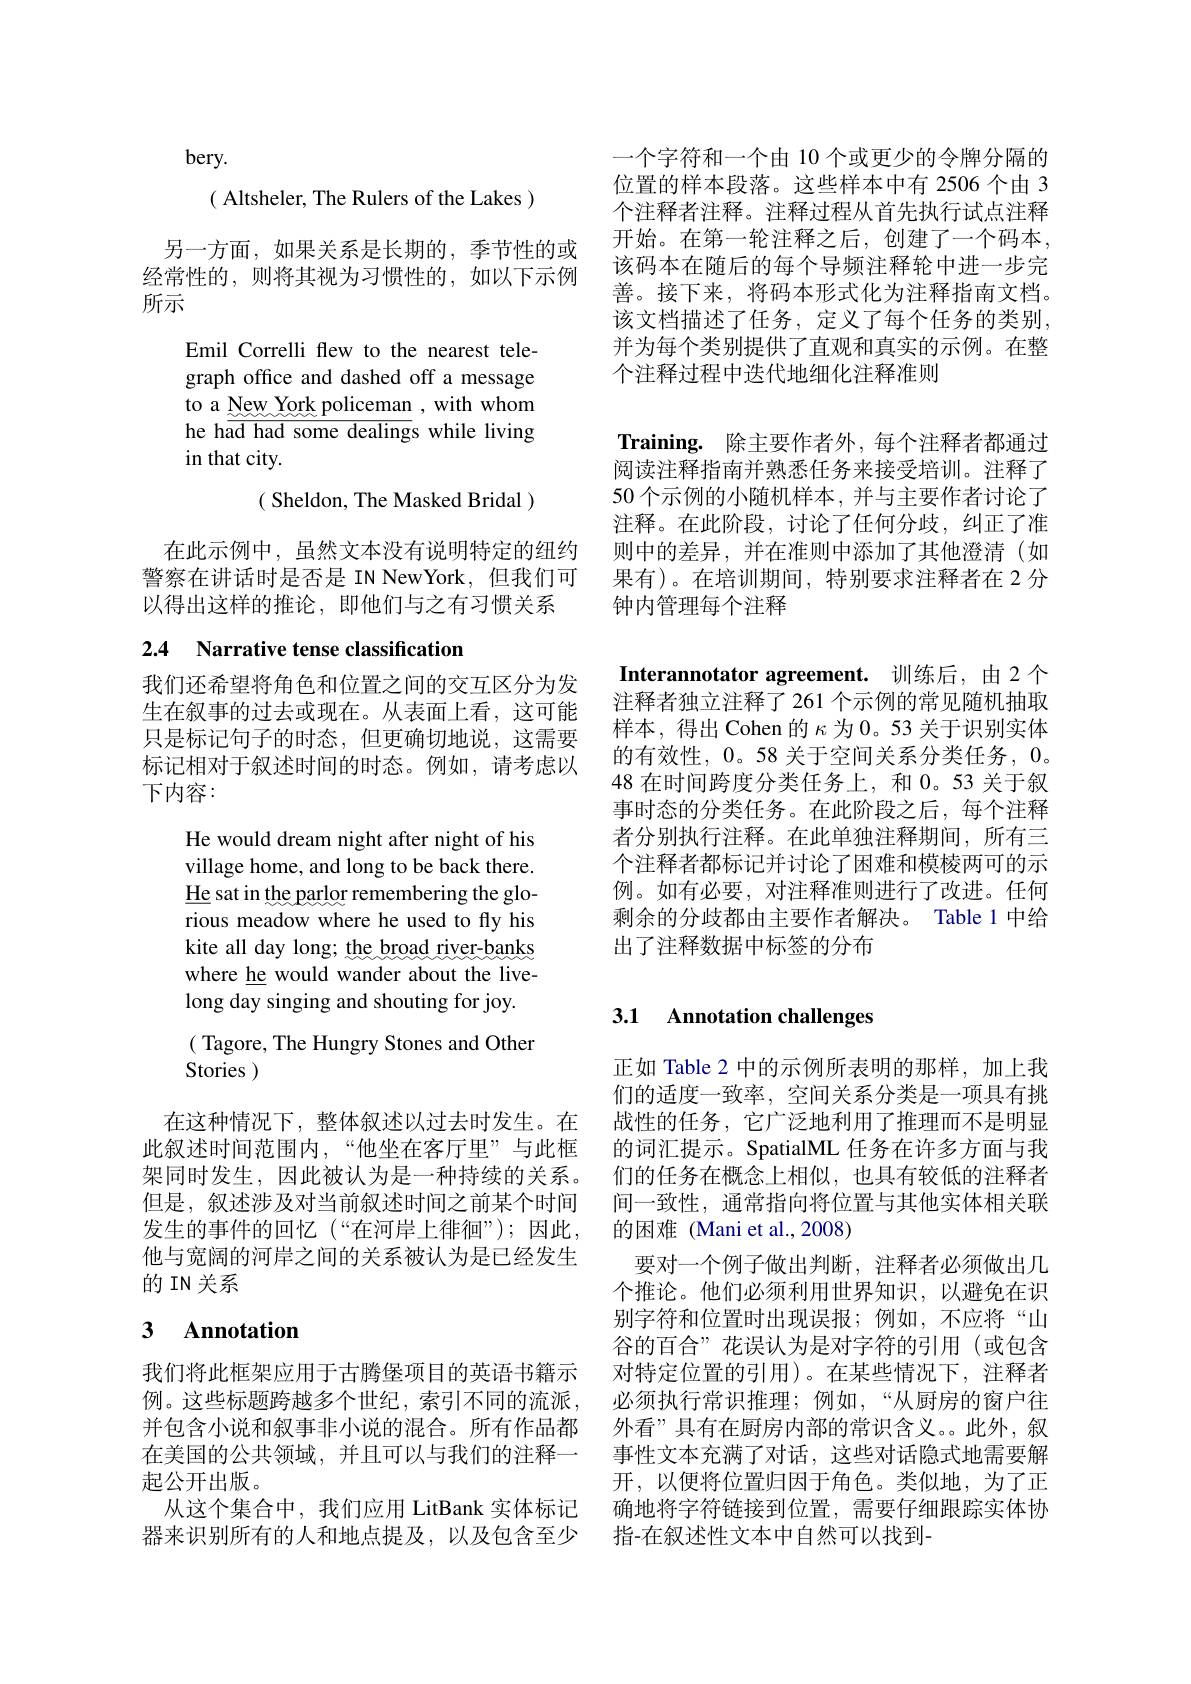
( Altsheler, The Rulers of the Lakes )

另一方面，如果关系是长期的，季节性的或经常性的，则将其视为习惯性的，如以下示例所示

bery.
Emil Correlli flew to the nearest telegraph office and dashed off a message to a New York policeman , with whom he had had some dealings while living in that city.
( Sheldon, The Masked Bridal )

在此示例中，虽然文本没有说明特定的纽约警察在讲话时是否是 IN NewYork, 但我们可以得出这样的推论，即他们与之有习惯关系

## 2.4 Narrative tense classification

我们还希望将角色和位置之间的交互区分为发生在叙事的过去或现在。从表面上看，这可能只是标记句子的时态，但更确切地说，这需要标记相对于叙述时间的时态。例如，请考虑以下内容：

He would dream night after night of his village home, and long to be back there. He sat in the parlor remembering the glorious meadow where he used to fly his kite all day long; the broad river-banks where he would wander about the livelong day singing and shouting for joy. ( Tagore, The Hungry Stones and Other Stories )

在这种情况下，整体叙述以过去时发生。在
此叙述时间范围内，“他坐在客厅里”与此框 的词汇提示。SpatialML 任务在许多方面与我架同时发生，因此被认为是一种持续的关系。们的任务在概念上相似，也具有较低的注释者但是，叙述涉及对当前叙述时间之前某个时间 间一致性，通常指向将位置与其他实体相关联发生的事件的回忆(“在河岸上徘徊”);因此，的困难(Mani et al.,2008)
他与宽阔的河岸之间的关系被认为是已经发生
的 IN 关系

# 3 Annotation

我们将此框架应用于古腾堡项目的英语书籍示
起公开出版。
器来识别所有的人和地点提及，以及包含至少

一个字符和一个由 10 个或更少的令牌分隔的位置的样本段落。这些样本中有 2506 个由 3个注释者注释。注释过程从首先执行试点注释开始。在第一轮注释之后，创建了一个码本， 该码本在随后的每个导频注释轮中进一步完善。接下来，将码本形式化为注释指南文档。该文档描述了任务，定义了每个任务的类别， 并为每个类别提供了直观和真实的示例。在整个注释过程中迭代地细化注释准则

Training. 除主要作者外，每个注释者都通过阅读注释指南并熟悉任务来接受培训。注释了50 个示例的小随机样本，并与主要作者讨论了注释。在此阶段，讨论了任何分歧，纠正了准则中的差异，并在准则中添加了其他澄清(如果有)。在培训期间，特别要求注释者在 2 分钟内管理每个注释

Interannotator agreement. 训练后，由 2 个注释者独立注释了 261 个示例的常见随机抽取样本，得出 Cohen 的$\kappa$为 0。53 关于识别实体的有效性，0。58 关于空间关系分类任务，0。48在时间跨度分类任务上，和0。53 关于叙事时态的分类任务。在此阶段之后，每个注释者分别执行注释。在此单独注释期间，所有三个注释者都标记并讨论了困难和模棱两可的示例。如有必要，对注释准则进行了改进。任何剩余的分歧都由主要作者解决。Table 1 中给出了注释数据中标签的分布

# 3.1 Annotation challenges

正如 Table 2 中的示例所表明的那样，加上我们的适度一致率，空间关系分类是一项具有挑战性的任务，它广泛地利用了推理而不是明显
要对一个例子做出判断，注释者必须做出几个推论。他们必须利用世界知识，以避免在识别字符和位置时出现误报；例如，不应将“山谷的百合”花误认为是对字符的引用(或包含
对特定位置的引用)。在某些情况下，注释者
例。这些标题跨越多个世纪，索引不同的流派，必须执行常识推理；例如，“从厨房的窗户往并包含小说和叙事非小说的混合。所有作品都 外看”具有在厨房内部的常识含义。。此外，叙在美国的公共领域，并且可以与我们的注释一 事性文本充满了对话，这些对话隐式地需要解
开，以便将位置归因于角色。类似地，为了正
从这个集合中，我们应用 LitBank 实体标记 确地将字符链接到位置，需要仔细跟踪实体协
指-在叙述性文本中自然可以找到-